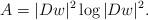
LaTeX: \begin{align*}A=|Dw|^2\log|Dw|^2.\end{align*}